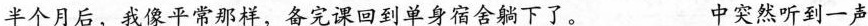
半个月后，我像平常那样，备完课回到单身宿舍躺下了。___中突然听到一声